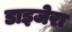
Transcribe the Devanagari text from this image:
डाइजेरा